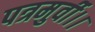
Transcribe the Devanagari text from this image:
पत्रमुर्वी।।